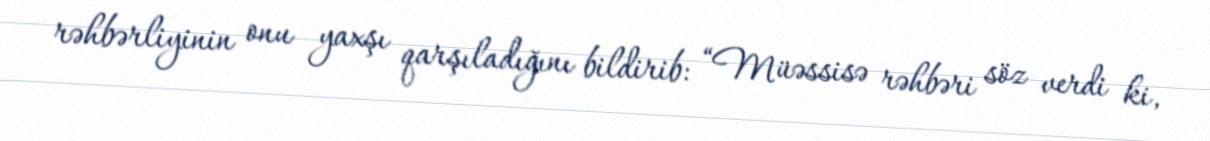
rəhbərliyinin onu yaxşı qarşıladığını bildirib: “Müəssisə rəhbəri söz verdi ki,